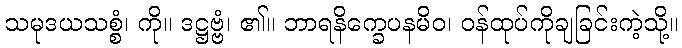
သမုဒယသစ္စံ၊ ကို။ ဒဋ္ဌဗ္ဗံ၊ ၏။ ဘာရနိက္ခေပနမိဝ၊ ဝန်ထုပ်ကိုချခြင်းကဲ့သို့။